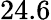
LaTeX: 24.6